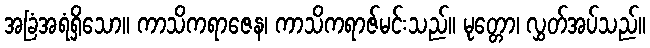
အခြံအရံရှိသော။ ကာသိကရာဇေန၊ ကာသိကရာဇ်မင်းသည်။ မုတ္တော၊ လွှတ်အပ်သည်။